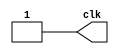
module clock(output clk);
  reg clk;
  initial begin
    repeat( 18 ) begin
      clk = 1'b0;
      #1000 clk = ~clk;
    end
  end
endmodule